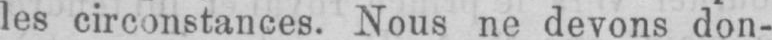
les circonstances. Nous ne devons don-